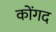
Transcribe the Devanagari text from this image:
कोंगद